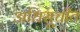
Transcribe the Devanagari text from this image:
अधिसूचीत